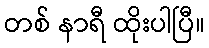
တစ် နာရီ ထိုးပါပြီ။